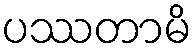
ပဿတာမိ